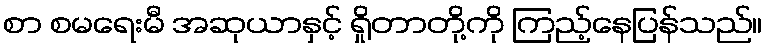
စာ စမရေးမီ အဆုယာနှင့် ရှိုတာတို့ကို ကြည့်နေပြန်သည်။